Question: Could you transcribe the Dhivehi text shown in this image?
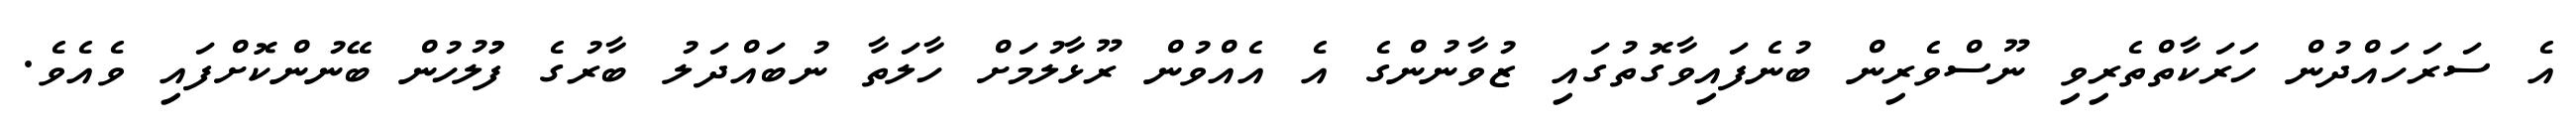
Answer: އެ ސަރަހައްދުން ހަރަކާތްތެރިވި ނޫސްވެރިން ބުނެފައިވާގޮތުގައި ޒުވާނުންގެ އެ އެއްވުން ރޫޅާލުމަށް ހާލަތާ ނުބައްދަލު ބާރުގެ ފުުލުހުން ބޭނުންކޮށްފައި ވެއެވެ.